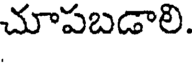
చూపబడాలి.